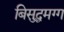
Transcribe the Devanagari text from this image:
बिसुद्धमग्ग